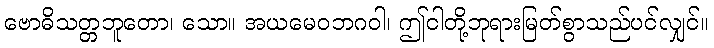
ဗောဓိသတ္တဘူတော၊ သော။ အယမေဝဘဂဝါ၊ ဤငါတို့ဘုရားမြတ်စွာသည်ပင်လျှင်။